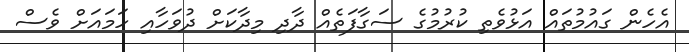
އެހެން ގައުމުތައް އަޅުވެތި ކުރުމުގެ ސަގާފަތެއް ދާދި މިދާކަށް ދުވަހާއި ހަމައަށް ވެސް